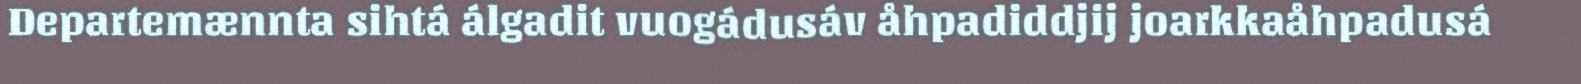
Departemænnta sihtá álgadit vuogádusáv åhpadiddjij joarkkaåhpadusá